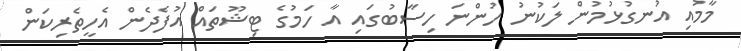
މާމުއި އުނގުޅުމުން ލަކުނު ހުންނަ ހިސާބުގައި އާ ހަމުގެ ޓިޝޫތައް އުފެދެން އެހީތެރިކަން